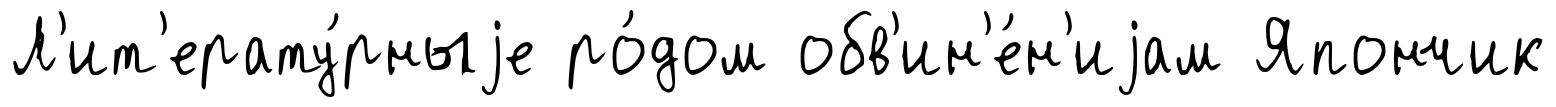
Л'ит'ерату́рныjе ро́дом обв'ин'е́н'иjам Япончик